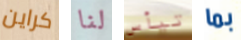
كراين لنا تيأس بما